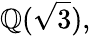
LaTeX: \mathbb{Q}({\sqrt{3}}),